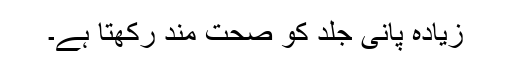
زیادہ پانی جلد کو صحت مند رکھتا ہے۔